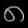
Digit: ၈